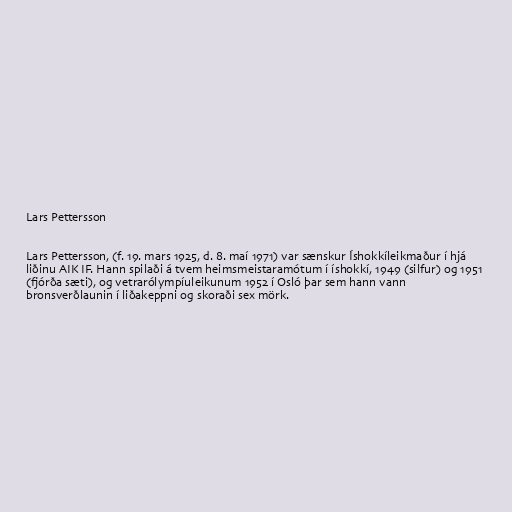
Lars Pettersson

Lars Pettersson, (f. 19. mars 1925, d. 8. maí 1971) var sænskur Íshokkíleikmaður í hjá
liðinu AIK IF. Hann spilaði á tvem heimsmeistaramótum í íshokkí, 1949 (silfur) og 1951
(fjórða sæti), og vetrarólympíuleikunum 1952 í Osló þar sem hann vann
bronsverðlaunin í liðakeppni og skoraði sex mörk.